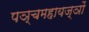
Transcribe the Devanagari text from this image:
पञ्चमहायज्ञों